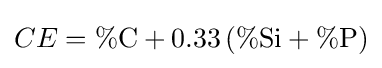
CE=\%{\text{C}}+0.33\left(\%{\text{Si}}+\%{\text{P}}\right)